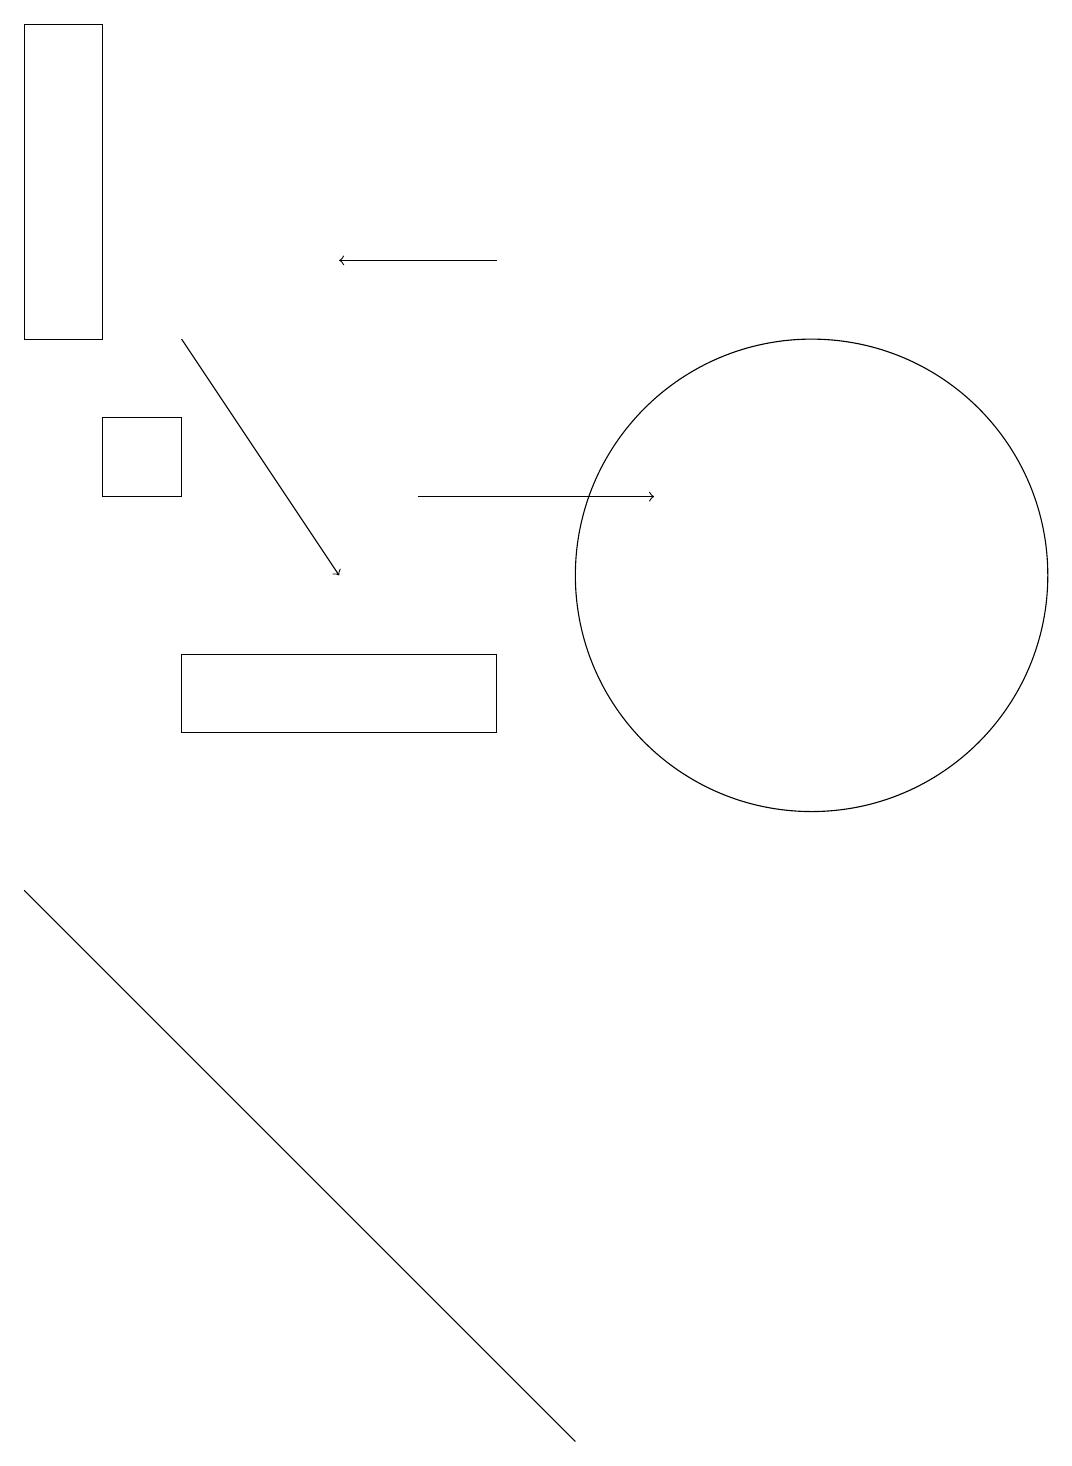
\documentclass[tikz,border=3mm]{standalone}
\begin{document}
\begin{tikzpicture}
\draw (2,14) rectangle (3,13);
\draw[->] (3,15) -- (5,12);
\draw (2,15) rectangle (1,19);
\draw (11,12) circle (3);
\draw[->] (6,13) -- (9,13);
\draw (7,11) rectangle (3,10);
\draw[->] (7,16) -- (5,16);
\draw (4,5) -- (8,1) -- (1,8) -- cycle;
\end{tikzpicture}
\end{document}